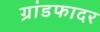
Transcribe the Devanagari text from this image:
ग्रांडफादर